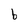
Character: b